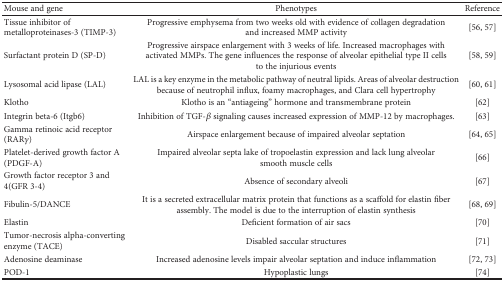
| Mouse and gene | Phenotypes | Reference |
 | --- | --- | --- |
 | Tissue inhibitor of metalloproteinases-3 (TIMP-3) | Progressive emphysema from two weeks old with evidence of collagen degradation and increased MMP activity | [56, 57] |
 | Surfactant protein D (SP-D) | Progressive airspace enlargement with 3 weeks of life. Increased macrophages with activated MMPs. The gene influences the response of alveolar epithelial type II cells to the injurious events | [58, 59] |
 | Lysosomal acid lipase (LAL) | LAL is a key enzyme in the metabolic pathway of neutral lipids. Areas of alveolar destruction because of neutrophil influx, foamy macrophages, and Clara cell hypertrophy | [60, 61] |
 | Klotho | Klotho is an “antiageing” hormone and transmembrane protein | [62] |
 | Integrin beta-6 (Itgb6) | Inhibition of TGF-β signaling causes increased expression of MMP-12 by macrophages. | [63] |
 | Gamma retinoic acid receptor (RARγ) | Airspace enlargement because of impaired alveolar septation | [64, 65] |
 | Platelet-derived growth factor A (PDGF-A) | Impaired alveolar septa lake of tropoelastin expression and lack lung alveolar smooth muscle cells | [66] |
 | Growth factor receptor 3 and 4(GFR 3-4) | Absence of secondary alveoli | [67] |
 | Fibulin-5/DANCE | It is a secreted extracellular matrix protein that functions as a scaffold for elastin fiber assembly. The model is due to the interruption of elastin synthesis | [68, 69] |
 | Elastin | Deficient formation of air sacs | [70] |
 | Tumor-necrosis alpha-converting enzyme (TACE) | Disabled saccular structures | [71] |
 | Adenosine deaminase | Increased adenosine levels impair alveolar septation and induce inflammation | [72, 73] |
 | POD-1 | Hypoplastic lungs | [74] |